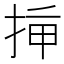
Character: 𢭡